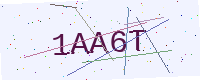
Text: 1AA6T